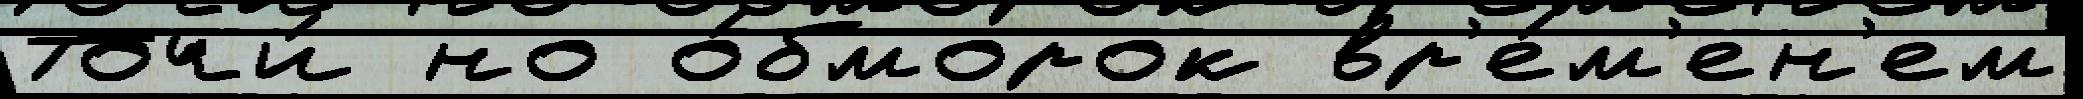
Точи́ но о́бморок вр'е́м'ен'ем